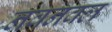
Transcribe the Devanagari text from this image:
नवनवल